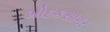
મોદકસાગર